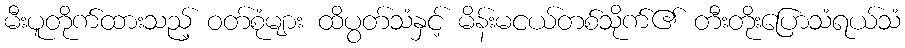
မီးပူတိုက်ထားသည့် ဝတ်စုံများ ထိပွတ်သံနှင့် မိန်းမငယ်တစ်သိုက်၏ တီးတိုးပြောသံရယ်သံ